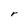
Character: r